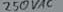
Text: 250VAC